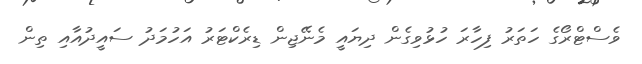
ވެސްޓްރޯގެ ހަތަރު ފިހާރަ ހުޅުވިގެން ދިޔައީ މެނޭޖިން ޑިރެކްޓަރު އަހުމަދު ސައީދުއާއި ތިން